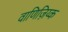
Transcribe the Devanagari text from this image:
वाणिज़िय्क